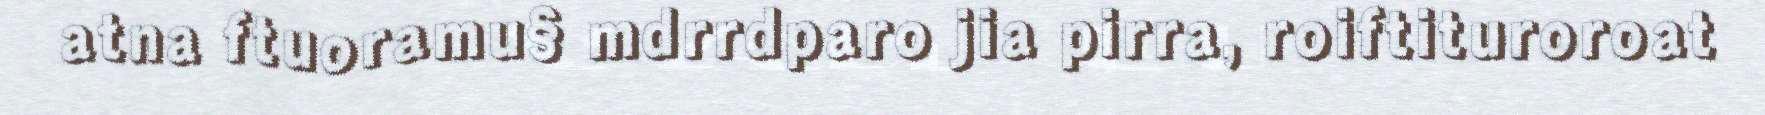
atna ftuoramu§ mdrrdparo jia pirra, roiftituroroat